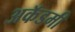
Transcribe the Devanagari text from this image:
अकॅडमी